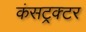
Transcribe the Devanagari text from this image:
कंसट्रक्टर